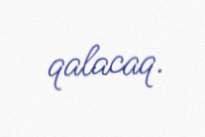
qalacaq.